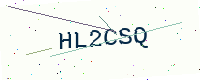
Text: HL2CSQ